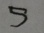
5